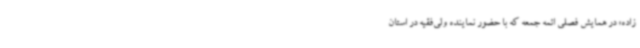
زاده» در همایش فصلی ائمه جمعه که با حضور نماینده ولی‌فقیه در استان